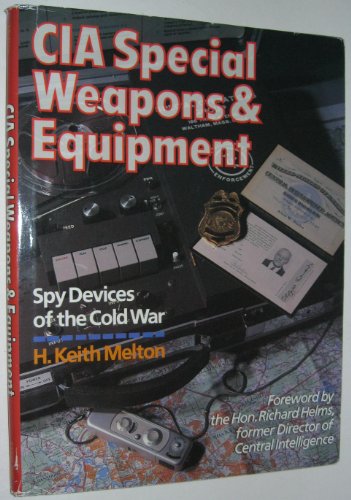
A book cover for CIA Special Weapons & Equipment: Spy Devices of the Cold War; H. Keith Melton; History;